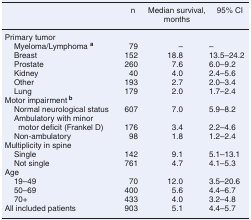
<table><thead><tr><td></td><td><b>n</b></td><td><b>Median survival, months</b></td><td><b>95% CI</b></td></tr></thead><tbody><tr><td colspan="4">Primary tumor</td></tr><tr><td> Myeloma/Lymphoma <b><sup>a</sup></b></td><td>79</td><td>–</td><td>–</td></tr><tr><td> Breast</td><td>152</td><td>18.8</td><td>13.5–24.2</td></tr><tr><td> Prostate</td><td>260</td><td>7.6</td><td>6.0–9.2</td></tr><tr><td> Kidney</td><td>40</td><td>4.0</td><td>2.4–5.6</td></tr><tr><td> Other</td><td>193</td><td>2.7</td><td>2.0–3.4</td></tr><tr><td> Lung</td><td>179</td><td>2.0</td><td>1.7–2.4</td></tr><tr><td colspan="4">Motor impairment <sup><b>b</b></sup></td></tr><tr><td> Normal neurological status</td><td>607</td><td>7.0</td><td>5.9–8.2</td></tr><tr><td> Ambulatory with minor motor deficit (Frankel D)</td><td>176</td><td>3.4</td><td>2.2–4.6</td></tr><tr><td> Non-ambulatory</td><td>98</td><td>1.8</td><td>1.2–2.4</td></tr><tr><td>Multiplicity in spine</td><td></td><td></td><td></td></tr><tr><td> Single</td><td>142</td><td>9.1</td><td>5.1–13.1</td></tr><tr><td> Not single</td><td>761</td><td>4.7</td><td>4.1–5.3</td></tr><tr><td colspan="4">Age</td></tr><tr><td> 19–49</td><td>70</td><td>12.0</td><td>3.5–20.6</td></tr><tr><td> 50–69</td><td>400</td><td>5.6</td><td>4.4–6.7</td></tr><tr><td> 70+</td><td>433</td><td>4.0</td><td>3.2–4.8</td></tr><tr><td>All included patients</td><td>903</td><td>5.1</td><td>4.4–5.7</td></tr></tbody></table>